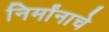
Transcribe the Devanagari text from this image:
निर्मांनाचे